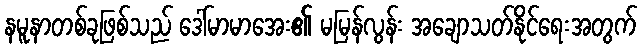
နမူနာတစ်ခုဖြစ်သည် ဒေါ်မာမာအေး၏ မမြန်လွန်း အချောသတ်နိုင်ရေးအတွက်